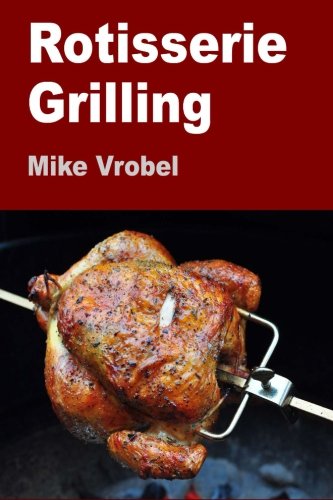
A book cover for Rotisserie Grilling: 50 Recipes For Your Grill's Rotisserie; Mike Vrobel; Cookbooks, Food & Wine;